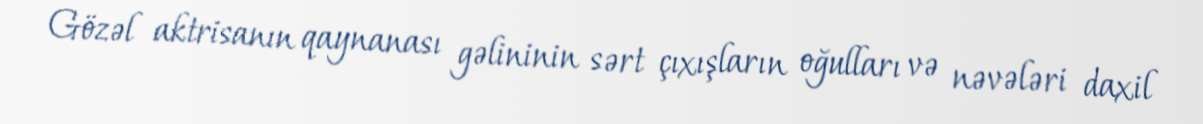
Gözəl aktrisanın qaynanası gəlininin sərt çıxışların oğulları və nəvələri daxil